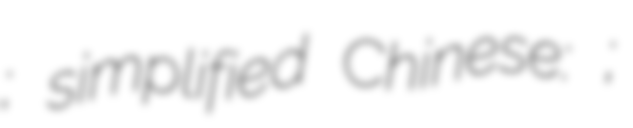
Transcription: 三鳳中街; simplified Chinese: 三凤中街;